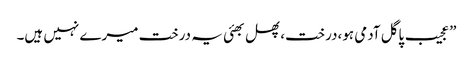
”عجیب پاگل آدمی ہو،درخت،پھل بھئی یہ درخت میرے نہیں ہیں۔